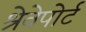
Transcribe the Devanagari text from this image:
श्रेवेपोर्ट